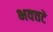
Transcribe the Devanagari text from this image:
भवत्तटे